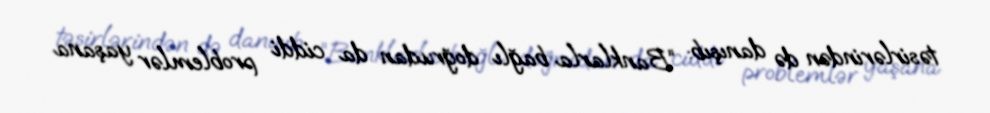
təsirlərindən də danışıb: “Banklarla bağlı doğrudan da ciddi problemlər yaşana